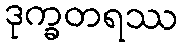
ဒုက္ခတရဿ